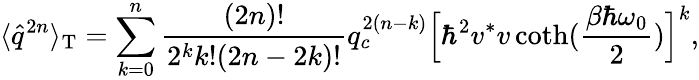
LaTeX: \langle\hat{q}^{2n}\rangle_{\mathrm{T}}=\sum_{k=0}^{n}\frac{(2n)!}{2^{k}k!(2n-2k)!}q_{c}^{2(n-k)}\Bigl[\hbar^{2}v^{*}v\coth(\frac{\beta\hbar\omega_{0}}{2})\Bigr]^{k},